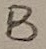
Text: B